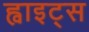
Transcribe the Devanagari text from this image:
ह्वाइट्स